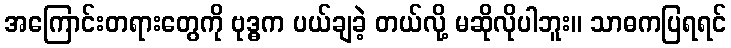
အကြောင်းတရားတွေကို ဗုဒ္ဓက ပယ်ချခဲ့ တယ်လို့ မဆိုလိုပါဘူး။ သာဓကပြရရင်